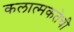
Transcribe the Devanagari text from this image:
कलात्मकतेची